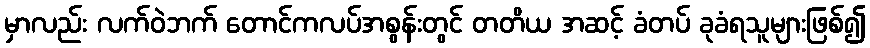
မှာလည်း လက်ဝဲဘက် တောင်ကလပ်အစွန်းတွင် တတိယ အဆင့် ခံတပ် ခုခံရသူများဖြစ်၍